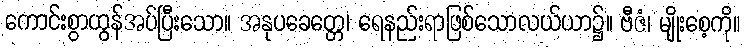
ကောင်းစွာထွန်အပ်ပြီးသော။ အနုပခေတ္တေ၊ ရေနည်းရာဖြစ်သောလယ်ယာ၌။ ဗီဇံ၊ မျိုးစေ့ကို။